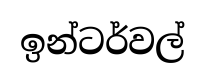
ඉන්ටර්වල්